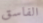
الفاسق